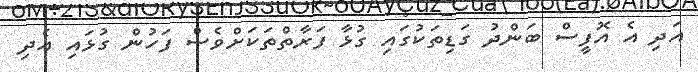
އަދި އެ އޮފީސް ބަންދު ގަޑިތަކުގައި ގުޅާ ފަރާތްތަކަށްވެސް ފަހުން ގުޅައި އެދި